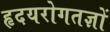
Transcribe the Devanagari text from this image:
हृदयरोगतज्ञों